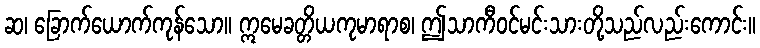
ဆ၊ ခြောက်ယောက်ကုန်သော။ ဣမေခတ္တိယကုမာရာစ၊ ဤသာကီဝင်မင်းသားတို့သည်လည်းကောင်း။